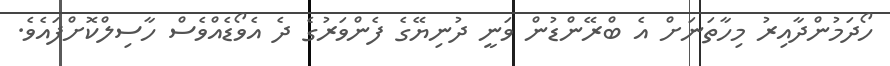
ހޯދަމުންދާއިރު މިހާތަނަށް އެ ބްރޭންޑުން ވަނީ ދުނިޔޭގެ ފެންވަރުގެ ދެ އެވޯޑެއްވެސް ހާސިލްކޮށްފައެވެ.